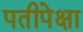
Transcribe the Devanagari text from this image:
पतीपेक्षा